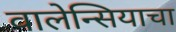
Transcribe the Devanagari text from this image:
वालेन्सियाचा